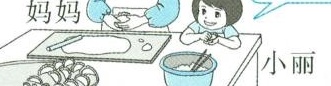
妈妈 小丽